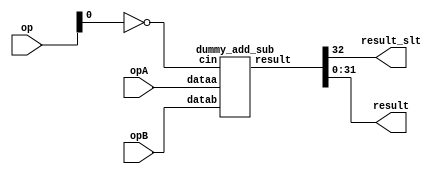
`define VAL 31
`define WIDTH 32
`define NUMREGS 32
`define LOG2NUMREGS 5
`define PC_WIDTH 30
`define I_DATAWIDTH 32
`define I_ADDRESSWIDTH 14
`define I_SIZE 16384
`define D_ADDRESSWIDTH 32
`define DM_DATAWIDTH 32
`define DM_BYTEENAWIDTH 4
`define DM_ADDRESSWIDTH 10
`define DM_SIZE 16384
`define     OP_SPECIAL       6'b000000
`define     OP_REGIMM        6'b000001
`define     OP_J             6'b000010
`define     OP_JAL           6'b000011
`define     OP_BEQ           6'b000100
`define     OP_BNE           6'b000101
`define     OP_BLEZ          6'b000110
`define     OP_BGTZ          6'b000111
`define     OP_ADDI          6'b001000
`define     OP_ADDIU         6'b001001
`define     OP_SLTI          6'b001010
`define     OP_SLTIU         6'b001011
`define     OP_ANDI          6'b001100
`define     OP_ORI           6'b001101
`define     OP_XORI          6'b001110
`define     OP_LUI           6'b001111
`define     OP_LB            6'b100000
`define     OP_LH            6'b100001
`define     OP_LWL           6'b100010
`define     OP_LW            6'b100011
`define     OP_LBU           6'b100100
`define     OP_LHU           6'b100101
`define     OP_LWR           6'b100110
`define     OP_SB            6'b101100
`define     OP_SH            6'b101101
`define     OP_SWL           6'b101010
`define     OP_SW            6'b101111
`define     OP_SWR           6'b101110
`define     FUNC_SLL         6'b000000
`define     FUNC_SRL         6'b000010
`define     FUNC_SRA         6'b000011
`define     FUNC_SLLV        6'b000100
`define     FUNC_SRLV        6'b000110
`define     FUNC_SRAV        6'b000111
`define     FUNC_JR          6'b001110
`define     FUNC_JALR        6'b001111
`define     FUNC_MFHI        6'b110100
`define     FUNC_MTHI        6'b110101
`define     FUNC_MFLO        6'b110110
`define     FUNC_MTLO        6'b110111
`define     FUNC_MULT        6'b111100
`define     FUNC_MULTU       6'b111101
`define     FUNC_DIV         6'b111110
`define     FUNC_DIVU        6'b111111
`define     FUNC_ADD         6'b100000
`define     FUNC_ADDU        6'b100001
`define     FUNC_SUB         6'b100010
`define     FUNC_SUBU        6'b100011
`define     FUNC_AND         6'b100100
`define     FUNC_OR          6'b100101
`define     FUNC_XOR         6'b100110
`define     FUNC_NOR         6'b100111
`define     FUNC_SLT         6'b101010
`define     FUNC_SLTU        6'b101011
`define     FUNC_BLTZ        1'b0
`define     FUNC_BGEZ        1'b1
`define     OP_COP2        6'b010010
`define     COP2_FUNC_CFC2      6'b111000
`define     COP2_FUNC_CTC2      6'b111010
`define     COP2_FUNC_MTC2      6'b111011
//`define     FUNC_BLTZAL      5'b10000
//`define     FUNC_BGEZAL      5'b10001
`define     FUNC_BLTZ        5'b00000
`define     FUNC_BGEZ        5'b00001
`define     FUNC_BLTZAL      5'b10000
`define     FUNC_BGEZAL      5'b10001
`define SIMULATION_MEMORY
//`define WIDTH 32
//`define WIDTH 32
//`define WIDTH 32
//`define WIDTH 32
//`define WIDTH 32
//`define WIDTH 32
//`define WIDTH 32
//`define WIDTH 32
//`define WIDTH 32
//`define WIDTH 32
//`define WIDTH 32
//`define WIDTH 32

module addersub (
	opB, 
	opA,
	op, 
	result_slt,
	result 
);

//parameter WIDTH=32;
//`DEFINE WIDTH 32


input [31:0] opA;
input [31:0] opB;
//input carry_in;
input [2:0] op;
output result_slt;
output [31:0] result;



wire [32:0] sum;


wire addsub;
wire useless;
assign useless = op[1] & op[2];


assign addsub=op[0];
wire not_addsub;
assign not_addsub = ~addsub;

assign result=sum[31:0];

assign result_slt=sum[32];

dummy_add_sub adder32bit (opA,opB,not_addsub,sum);


// This is an LPM from Altera, replacing with a dummy one for now
/*
lpm_add_sub adder_inst(
	.dataa({signext&opA[WIDTH-1],opA}),
	.datab({signext&opB[WIDTH-1],opB}),
	.cin(~addsub),
	.add_sub(addsub),
	.result(sum)
		// synopsys translate_off
		,
		.cout (),
		.clken (),
		.clock (),
		.overflow (),
		.aclr ()
		// synopsys translate_on
	);
//defparam 
//    adder_inst.lpm_width=WIDTH+1,
//   adder_inst.lpm_representation="SIGNED";
*/

endmodule
module dummy_add_sub (
	dataa,
	datab,
	cin,
	result
);

//this is goign to be UUUUGGGGGGLLLYYYYY
//probably going to do some serious timing violations
// but i'm sure it will be interesting for the packing problem
input [31:0] dataa;
input [31:0] datab;
input cin;
output [32:0] result;
//
wire [31:0] carry_from;
wire [31:0] sum;


full_adder bit0 (cin,dataa[0],datab[0],sum[0],carry_from [0]);
full_adder bit1 (carry_from [0],dataa[1],datab[1],sum[1],carry_from [1]);
full_adder bit2 (carry_from [1],dataa[2],datab[2],sum[2],carry_from [2]);
full_adder bit3 (carry_from [2],dataa[3],datab[3],sum[3],carry_from [3]);
full_adder bit4 (carry_from [3],dataa[4],datab[4],sum[4],carry_from [4]);
full_adder bit5 (carry_from [4],dataa[5],datab[5],sum[5],carry_from [5]);
full_adder bit6 (carry_from [5],dataa[6],datab[6],sum[6],carry_from [6]);
full_adder bit7 (carry_from [6],dataa[7],datab[7],sum[7],carry_from [7]);

full_adder bit8 (carry_from [7],dataa[8],datab[8],sum[8],carry_from [8]);
full_adder bit9 (carry_from [8],dataa[9],datab[9],sum[9],carry_from [9]);
full_adder bit10 (carry_from [9],dataa[10],datab[10],sum[10],carry_from [10]);
full_adder bit11 (carry_from [10],dataa[11],datab[11],sum[11],carry_from [11]);
full_adder bit12 (carry_from [11],dataa[12],datab[12],sum[12],carry_from [12]);
full_adder bit13 (carry_from [12],dataa[13],datab[13],sum[13],carry_from [13]);
full_adder bit14 (carry_from [13],dataa[14],datab[14],sum[14],carry_from [14]);
full_adder bit15 (carry_from [14],dataa[15],datab[15],sum[15],carry_from [15]);

full_adder bit16 (carry_from [15],dataa[16],datab[16],sum[16],carry_from [16]);
full_adder bit17 (carry_from [16],dataa[17],datab[17],sum[17],carry_from [17]);
full_adder bit18 (carry_from [17],dataa[18],datab[18],sum[18],carry_from [18]);
full_adder bit19 (carry_from [18],dataa[19],datab[19],sum[19],carry_from [19]);
full_adder bit20 (carry_from [19],dataa[20],datab[20],sum[20],carry_from [20]);
full_adder bit21 (carry_from [20],dataa[21],datab[21],sum[21],carry_from [21]);
full_adder bit22 (carry_from [21],dataa[22],datab[22],sum[22],carry_from [22]);
full_adder bit23 (carry_from [22],dataa[23],datab[23],sum[23],carry_from [23]);

full_adder bit24 (carry_from [23],dataa[24],datab[24],sum[24],carry_from [24]);
full_adder bit25 (carry_from [24],dataa[25],datab[25],sum[25],carry_from [25]);
full_adder bit26 (carry_from [25],dataa[26],datab[26],sum[26],carry_from [26]);
full_adder bit27 (carry_from [26],dataa[27],datab[27],sum[27],carry_from [27]);
full_adder bit28 (carry_from [27],dataa[28],datab[28],sum[28],carry_from [28]);
full_adder bit29 (carry_from [28],dataa[29],datab[29],sum[29],carry_from [29]);
full_adder bit30 (carry_from [29],dataa[30],datab[30],sum[30],carry_from [30]);
full_adder bit31 (carry_from [30],dataa[31],datab[31],sum[31],carry_from [31]);

assign result [31:0] = sum;
assign result [32] = carry_from [31];

endmodule
module full_adder (cin,x,y,s,cout);
input cin;
input x;
input y;
output s;
output cout;
assign s = x^y^cin;
assign cout = (x&y) | (x & cin) | (y&cin);
endmodule